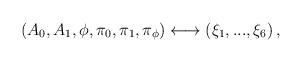
LaTeX: \begin{align*}\left( A_{0},A_{1},\phi ,\pi _{0},\pi _{1},\pi _{\phi }\right)\longleftrightarrow \left( \xi _{1},...,\xi _{6}\right) , \end{align*}